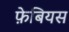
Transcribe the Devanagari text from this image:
फ़ेबियस